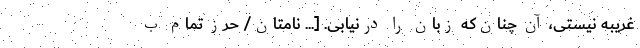
غریبه نیستی، آن چنان‌که زبان را درنیابی. [... نامتان/ حرزِ تمام ب